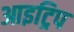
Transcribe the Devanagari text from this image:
आइट्रिप